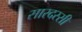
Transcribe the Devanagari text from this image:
सारदस्सी